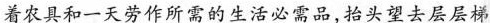
着农具和一天劳作所需的生活必需品，抬头望去层层梯